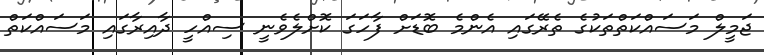
ޖަމީލް މަސައްކަތްތަކުގެ ތެރޭގައި އެންމެ ބޮޑަށް ފާހަގަ ކޮށްލެވެނީ ސިއްހީ ދާއިރާގައި މަސައްކަތް